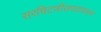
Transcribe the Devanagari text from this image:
सरचिटणीसपदावरून